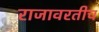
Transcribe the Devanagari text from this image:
राजावरतीच